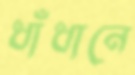
ধাঁধানে